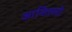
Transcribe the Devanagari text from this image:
आशिल्लो